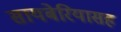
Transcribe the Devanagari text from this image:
सायबेरियासह